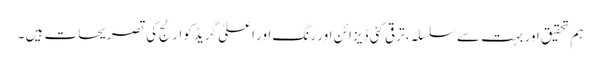
ہم تحقیق اور بہت سے سلسلہ، ترقی کئی ڈیزائن اور رنگ اور اعلیٰ گریڈ کوارٹج کی تصریحات ہیں ۔